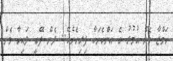
ހަމްޒާ މެން އުމުރު ގެ އަންހެނަކާ ފިރިހެނެކޭ.. ދެން ފޭބީ ލައިހާ މެން